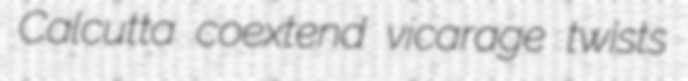
Calcutta coextend vicarage twists